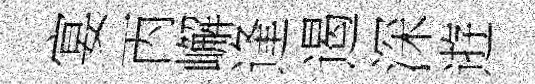
宴丙嶰逢遏深逰